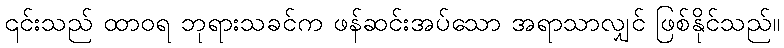
၎င်းသည် ထာဝရ ဘုရားသခင်က ဖန်ဆင်းအပ်သော အရာသာလျှင် ဖြစ်နိုင်သည်။